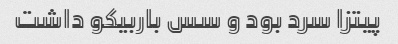
پیتزا سرد بود و سس باربیکو داشت